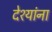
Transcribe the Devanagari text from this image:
देश्यांना